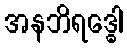
အနဘိရဒ္ဓေါ